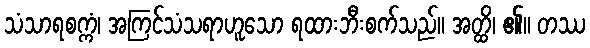
သံသာရစက္ကံ၊ အကြင်သံသရာဟူသော ရထားဘီးစက်သည်။ အတ္ထိ၊ ၏။ တဿ